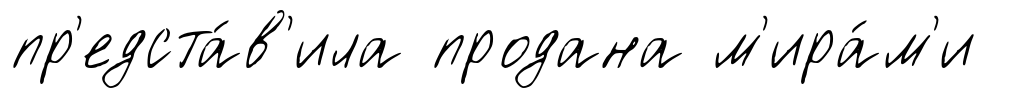
пр'едста́в'ила продана м'ира́м'и